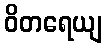
ဝိတရေယျ